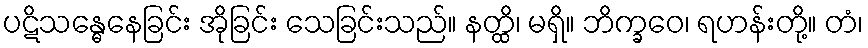
ပဋိသန္ဓေနေခြင်း အိုခြင်း သေခြင်းသည်။ နတ္ထိ၊ မရှိ။ ဘိက္ခဝေ၊ ရဟန်းတို့။ တံ၊